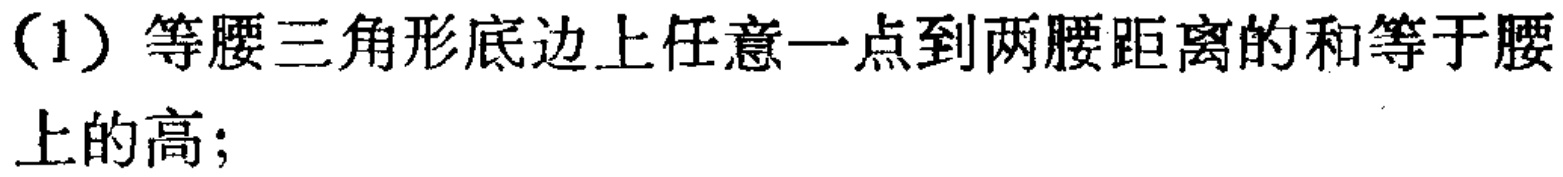
（1）等腰三角形底边上任意一点到两腰距离的和等于腰上的高；